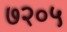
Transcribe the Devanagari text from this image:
७२०५